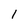
Character: 1